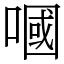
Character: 嘓